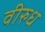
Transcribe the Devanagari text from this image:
वीरुध